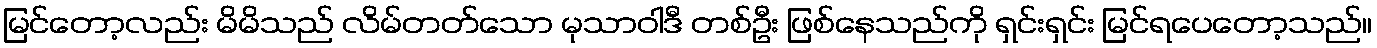
မြင်တော့လည်း မိမိသည် လိမ်တတ်သော မုသာဝါဒီ တစ်ဦး ဖြစ်နေသည်ကို ရှင်းရှင်း မြင်ရပေတော့သည်။